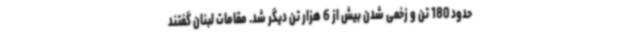
حدود 180 تن و زخمی شدن بیش از 6 هزار تن دیگر شد. مقامات لبنان گفتند